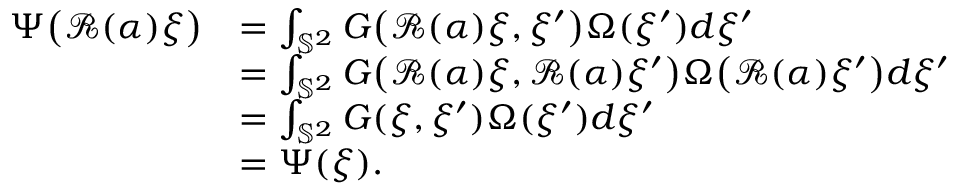
\begin{array} { r l } { \Psi \big ( \mathcal { R } ( \alpha ) \xi \big ) } & { = \int _ { \mathbb { S } ^ { 2 } } G \big ( \mathcal { R } ( \alpha ) \xi , \xi ^ { \prime } \big ) \Omega ( \xi ^ { \prime } ) d \xi ^ { \prime } } \\ & { = \int _ { \mathbb { S } ^ { 2 } } G \big ( \mathcal { R } ( \alpha ) \xi , \mathcal { R } ( \alpha ) \xi ^ { \prime } \big ) \Omega \big ( \mathcal { R } ( \alpha ) \xi ^ { \prime } \big ) d \xi ^ { \prime } } \\ & { = \int _ { \mathbb { S } ^ { 2 } } G ( \xi , \xi ^ { \prime } ) \Omega ( \xi ^ { \prime } ) d \xi ^ { \prime } } \\ & { = \Psi ( \xi ) . } \end{array}